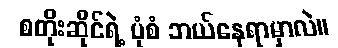
စတိုးဆိုင်ရဲ့ ပုံစံ ဘယ်နေရာမှာလဲ။